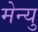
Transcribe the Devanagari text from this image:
मेन्‍यु